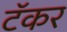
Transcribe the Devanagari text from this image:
टॅकर